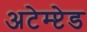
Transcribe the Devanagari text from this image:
अटेम्प्टेड